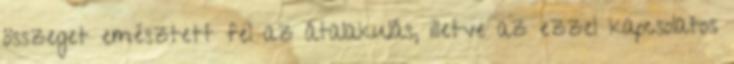
összeget emésztett fel az átalakulás, illetve az ezzel kapcsolatos